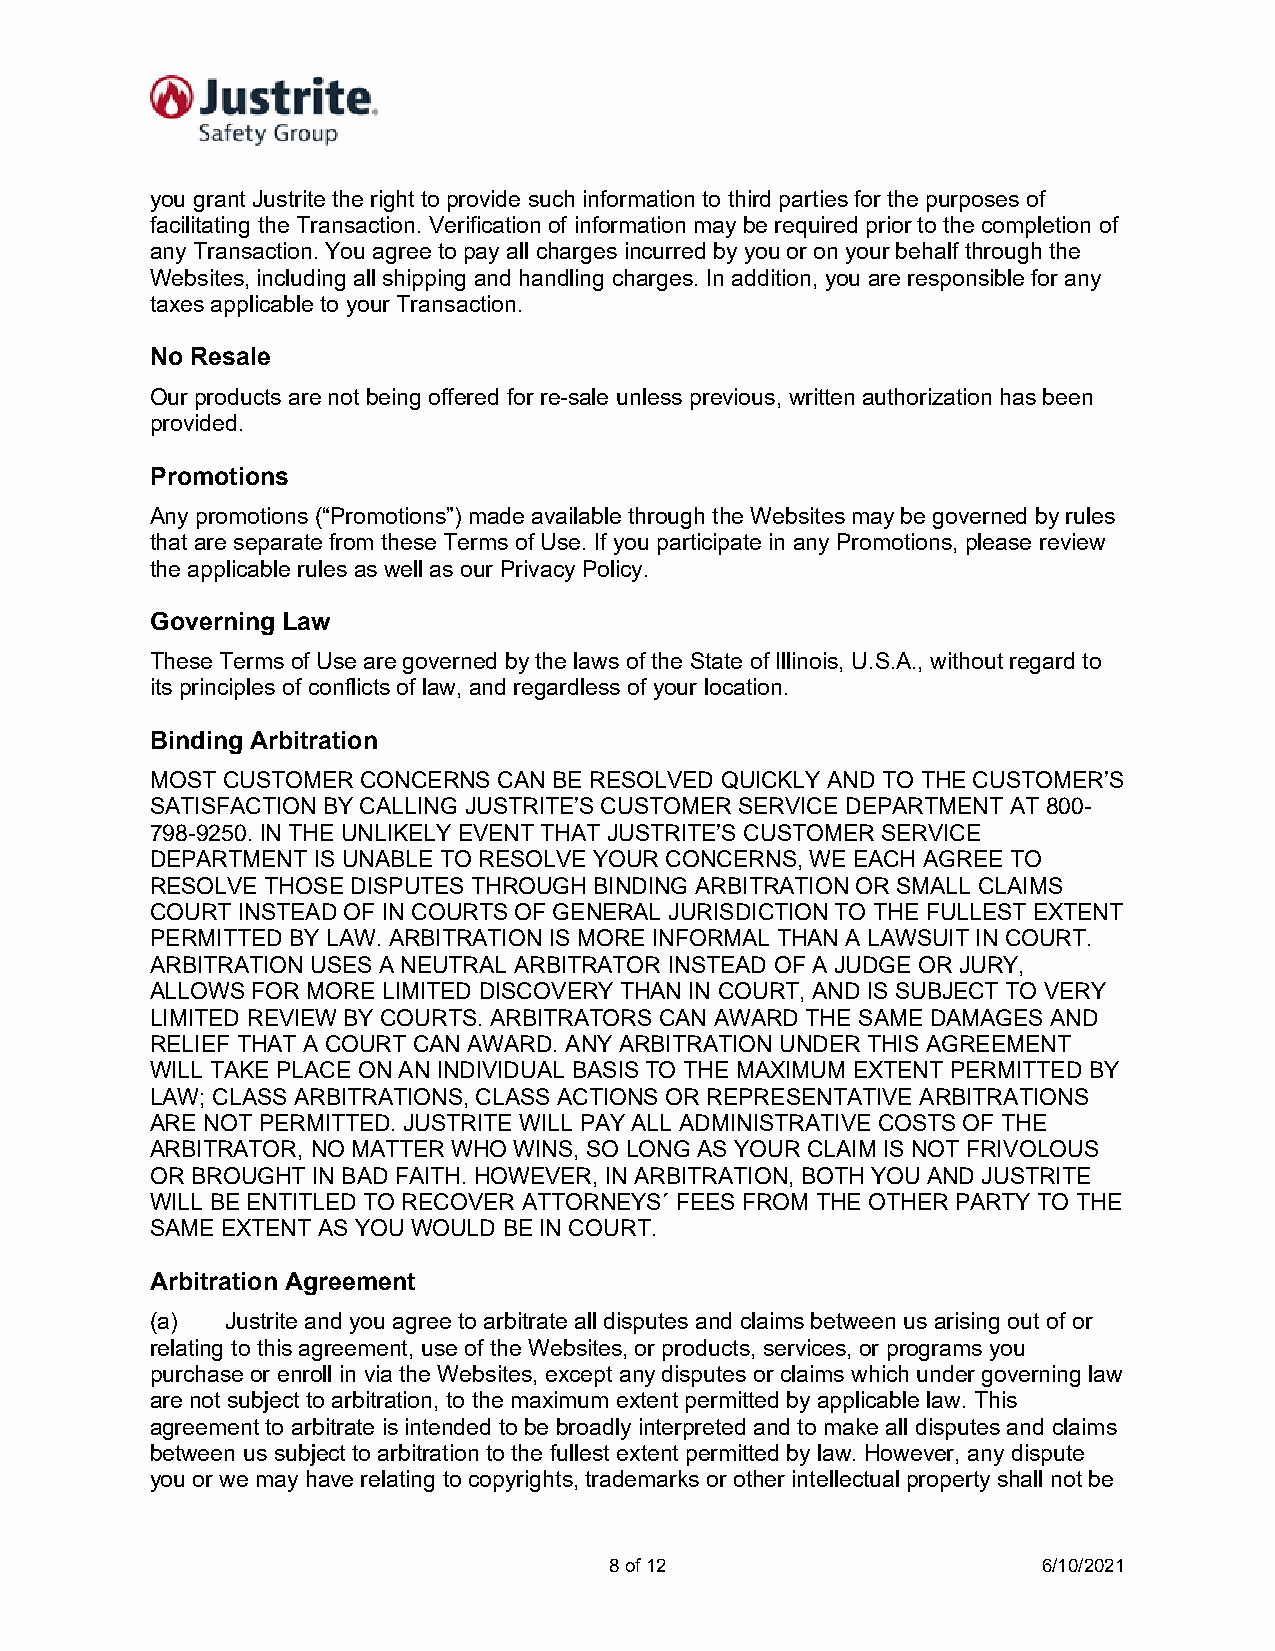
you grant Justrite the right to provide such information to third parties for the purposes of
 facilitating the Transaction. Verification of information may be required prior to the completion of
 any Transaction. You agree to pay all charges incurred by you or on your behalf through the
 Websites, including all shipping and handling charges. In addition, you are responsible for any
 taxes applicable to your Transaction.
 No Resale
 Our products are not being offered for re-sale unless previous, written authorization has been
 provided.
 Promotions
 Any promotions (“Promotions”) made available through the Websites may be governed by rules
 that are separate from these Terms of Use. If you participate in any Promotions, please review
 the applicable rules as well as our Privacy Policy.
 Governing Law
 These Terms of Use are governed by the laws of the State of Illinois, U.S.A., without regard to
 its principles of conflicts of law, and regardless of your location.
 Binding Arbitration
 MOST CUSTOMER CONCERNS CAN BE RESOLVED QUICKLY AND TO THE CUSTOMER’S
 SATISFACTION BY CALLING JUSTRITE’S CUSTOMER SERVICE DEPARTMENT AT 800-
 798-9250. IN THE UNLIKELY EVENT THAT JUSTRITE’S CUSTOMER SERVICE
 DEPARTMENT IS UNABLE TO RESOLVE YOUR CONCERNS, WE EACH AGREE TO
 RESOLVE THOSE DISPUTES THROUGH BINDING ARBITRATION OR SMALL CLAIMS
 COURT INSTEAD OF IN COURTS OF GENERAL JURISDICTION TO THE FULLEST EXTENT
 PERMITTED BY LAW. ARBITRATION IS MORE INFORMAL THAN A LAWSUIT IN COURT.
 ARBITRATION USES A NEUTRAL ARBITRATOR INSTEAD OF A JUDGE OR JURY,
 ALLOWS FOR MORE LIMITED DISCOVERY THAN IN COURT, AND IS SUBJECT TO VERY
 LIMITED REVIEW BY COURTS. ARBITRATORS CAN AWARD THE SAME DAMAGES AND
 RELIEF THAT A COURT CAN AWARD. ANY ARBITRATION UNDER THIS AGREEMENT
 WILL TAKE PLACE ON AN INDIVIDUAL BASIS TO THE MAXIMUM EXTENT PERMITTED BY
 LAW; CLASS ARBITRATIONS, CLASS ACTIONS OR REPRESENTATIVE ARBITRATIONS
 ARE NOT PERMITTED. JUSTRITE WILL PAY ALL ADMINISTRATIVE COSTS OF THE
 ARBITRATOR, NO MATTER WHO WINS, SO LONG AS YOUR CLAIM IS NOT FRIVOLOUS
 OR BROUGHT IN BAD FAITH. HOWEVER, IN ARBITRATION, BOTH YOU AND JUSTRITE
 WILL BE ENTITLED TO RECOVER ATTORNEYS´ FEES FROM THE OTHER PARTY TO THE
 SAME EXTENT AS YOU WOULD BE IN COURT.
 Arbitration Agreement
 (a)  Justrite and you agree to arbitrate all disputes and claims between us arising out of or
 relating to this agreement, use of the Websites, or products, services, or programs you
 purchase or enroll in via the Websites, except any disputes or claims which under governing law
 are not subject to arbitration, to the maximum extent permitted by applicable law. This
 agreement to arbitrate is intended to be broadly interpreted and to make all disputes and claims
 between us subject to arbitration to the fullest extent permitted by law. However, any dispute
 you or we may have relating to copyrights, trademarks or other intellectual property shall not be
 8 of 12                      6/10/2021